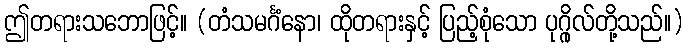
ဤတရားသဘောဖြင့်။ (တံသမင်္ဂံနော၊ ထိုတရားနှင့် ပြည့်စုံသော ပုဂ္ဂိုလ်တို့သည်။)